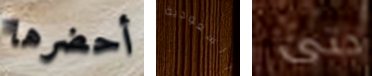
أحضرها السعودية حتى